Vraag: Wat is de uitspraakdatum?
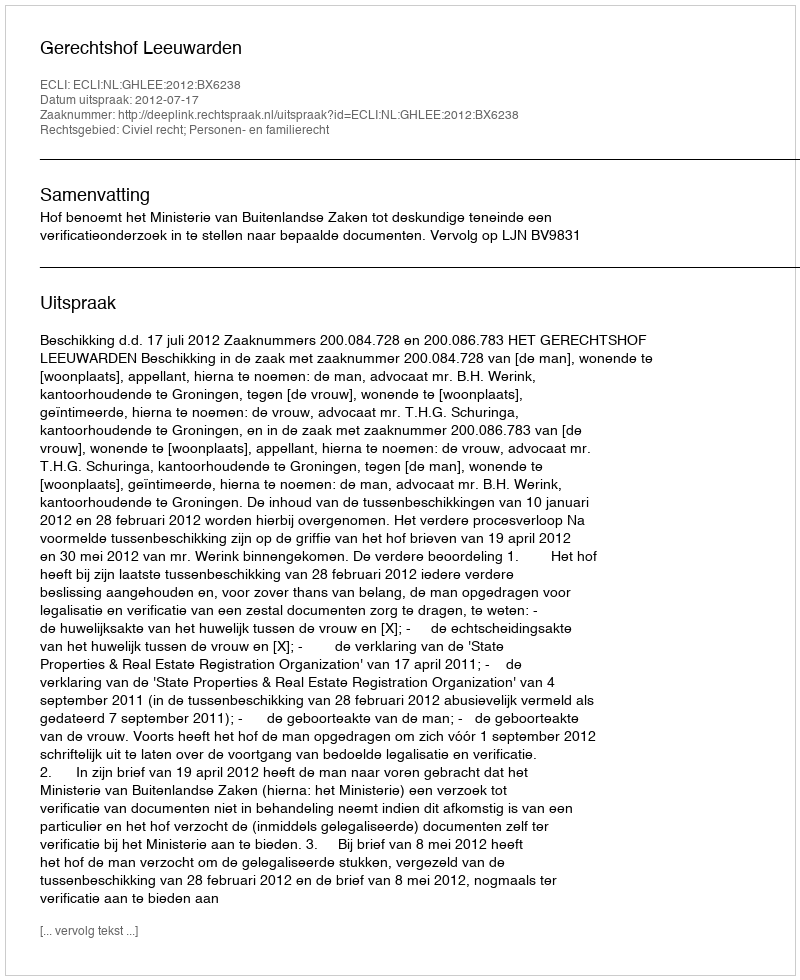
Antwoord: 2012-07-17